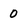
Character: 0